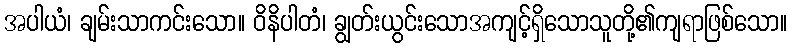
အပါယံ၊ ချမ်းသာကင်းသော။ ဝိနိပါတံ၊ ချွတ်းယွင်းသောအကျင့်ရှိသောသူတို့၏ကျရာဖြစ်သော။